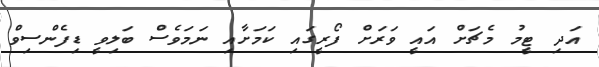
އަދި ޓީމު މެޗަށް އައީ ވަރަށް ފޯރީގައި ކަމަށާއި ނަމަވެސް ބަލިވީ ޑިފެންސިވް